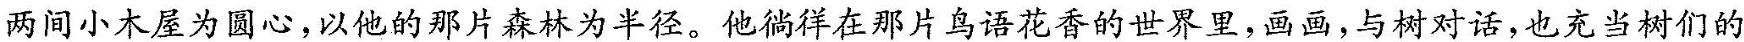
两间小木屋为圆心，以他的那片森林为半径。他徜徉在那片鸟语花香的世界里，画画，与树对话，也充当树们的